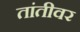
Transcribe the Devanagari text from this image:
तांतीवर